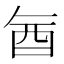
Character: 𮠖